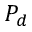
P _ { d }